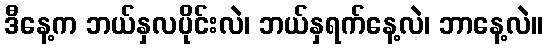
ဒီနေ့က ဘယ်နှလပိုင်းလဲ၊ ဘယ်နှရက်နေ့လဲ၊ ဘာနေ့လဲ။